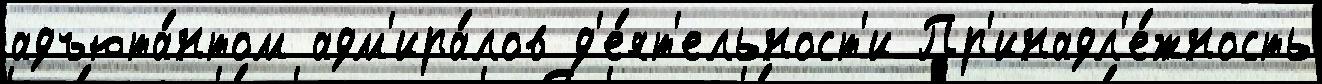
адъюта́нтом адм'ира́лов д'е́ят'ельност'и Пр'инадл'е́жность